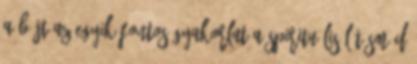
a böjt Az egyik fontos gyakorlat a spirituális látásmód